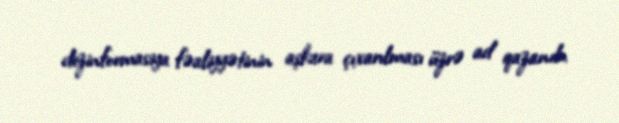
dezinformasiya fəaliyyətinin aşkara çıxarılması üzrə ad qazanıb.